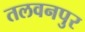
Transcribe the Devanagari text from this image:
तलवनपुर